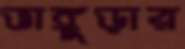
ভাঙ্গুড়ার